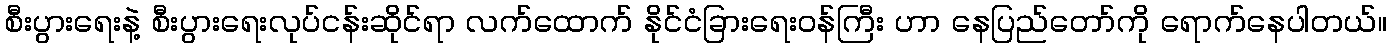
စီးပွားရေးနဲ့ စီးပွားရေးလုပ်ငန်းဆိုင်ရာ လက်ထောက် နိုင်ငံခြားရေးဝန်ကြီး ဟာ နေပြည်တော်ကို ရောက်နေပါတယ်။